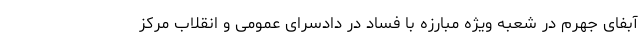
آبفای جهرم در شعبه ویژه مبارزه با فساد در دادسرای عمومی و انقلاب مرکز